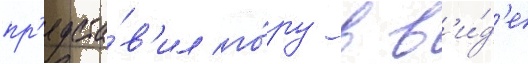
пр'едста́в'ил го́ру в в'и́д'е